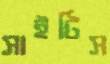
সাইটিস